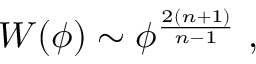
W ( \phi ) \sim \phi ^ { \frac { 2 ( n + 1 ) } { n - 1 } } ~ ,